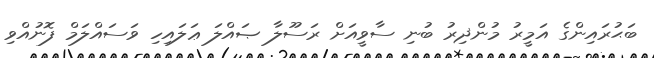
ބަޙުރައިންގެ އަމީރު މުންޛިރު ބުނި ސާވީއަށް ރަސޫލާ ޞައްލަ ޢަލައިހި ވަސައްލަމް ފޮނުއްވި